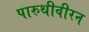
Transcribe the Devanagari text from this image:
पारुथीवीरन